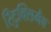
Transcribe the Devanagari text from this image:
रिटुक्सिमैब